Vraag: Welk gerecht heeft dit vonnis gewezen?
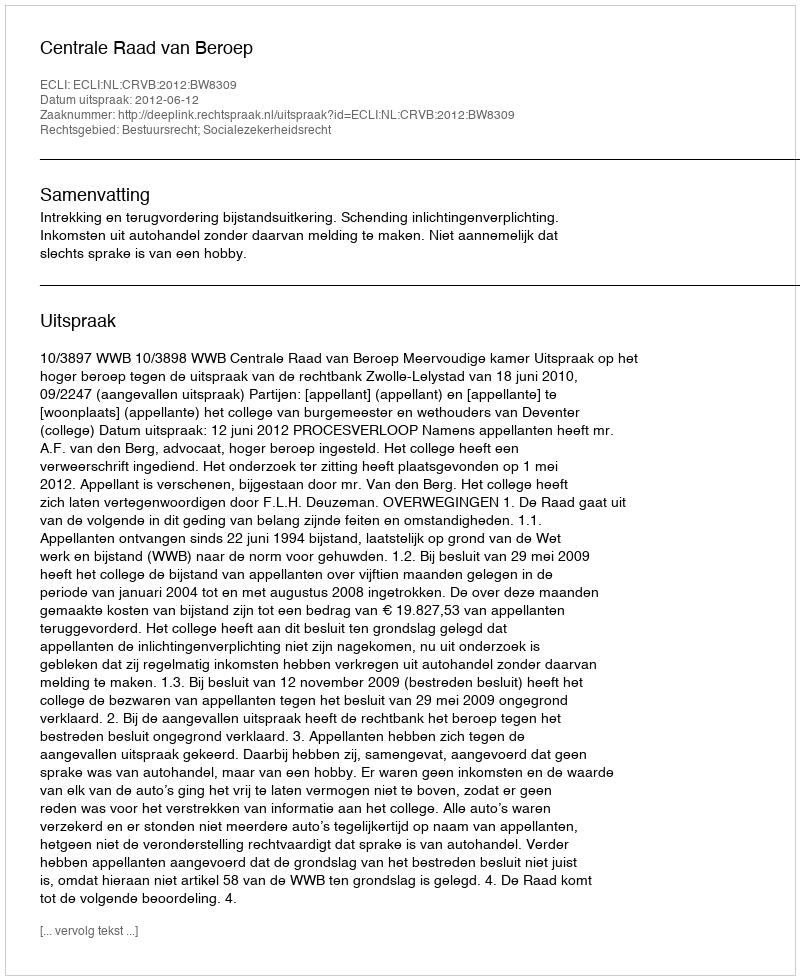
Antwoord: Centrale Raad van Beroep